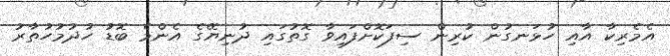
އެމެރިކާ އާއި ހުޅަނގުން ކުރިން ސިފަކޮށްފައިވާ ގޮތުގައި ދުނިޔޭގެ އެންމެ ބޮޑު ހުދުމުހުތާރު